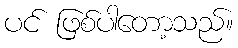
ပင် ဖြစ်ပါတော့သည်။